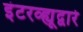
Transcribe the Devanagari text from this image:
इंटरव्ह्यूद्वारे